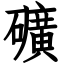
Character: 礦